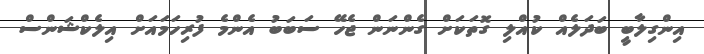
އިންގިލާބީ ބަދަލެއް ކުއްލި ގޮތަކަށް ގެންނަން ޖެހޭ ސަބަބު އެންމެ ފުރިހަމައަށް އިލެކްޝަންސް